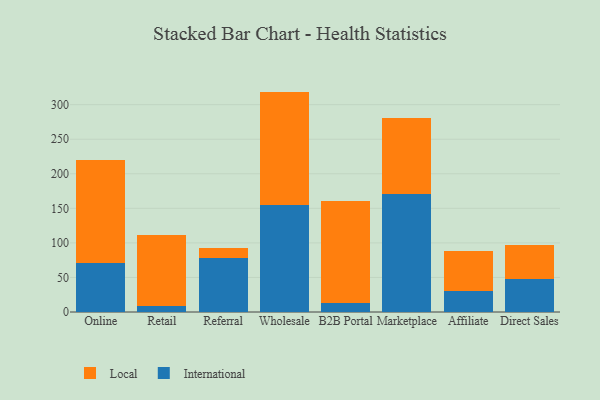
{"axis": {"x": "Channel", "y": "Churn Rate (%)"}, "legend": ["International", "Local"], "data": [{"x": "Online", "y": 70.5, "type": "International"}, {"x": "Online", "y": 149.2, "type": "Local"}, {"x": "Retail", "y": 8.9, "type": "International"}, {"x": "Retail", "y": 102.8, "type": "Local"}, {"x": "Referral", "y": 78.3, "type": "International"}, {"x": "Referral", "y": 14.8, "type": "Local"}, {"x": "Wholesale", "y": 155.5, "type": "International"}, {"x": "Wholesale", "y": 163.4, "type": "Local"}, {"x": "B2B Portal", "y": 12.5, "type": "International"}, {"x": "B2B Portal", "y": 148.8, "type": "Local"}, {"x": "Marketplace", "y": 170.9, "type": "International"}, {"x": "Marketplace", "y": 110.4, "type": "Local"}, {"x": "Affiliate", "y": 30.8, "type": "International"}, {"x": "Affiliate", "y": 57.6, "type": "Local"}, {"x": "Direct Sales", "y": 47.1, "type": "International"}, {"x": "Direct Sales", "y": 49.2, "type": "Local"}]}